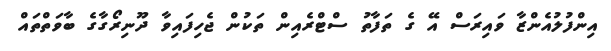
އިންފުލުއެންޒާ ވައިރަސް އޭ ގެ ތަފާތު ސްޓްރެއިން ތަކުން ޖެހިފައިވާ ދޫނިރޯގާގެ ބާވަތްތައް